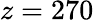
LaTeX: z=270